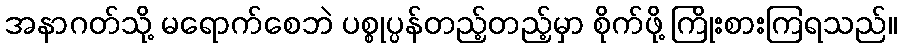
အနာဂတ်သို့ မရောက်စေဘဲ ပစ္စုပ္ပန်တည့်တည့်မှာ စိုက်ဖို့ ကြိုးစားကြရသည်။